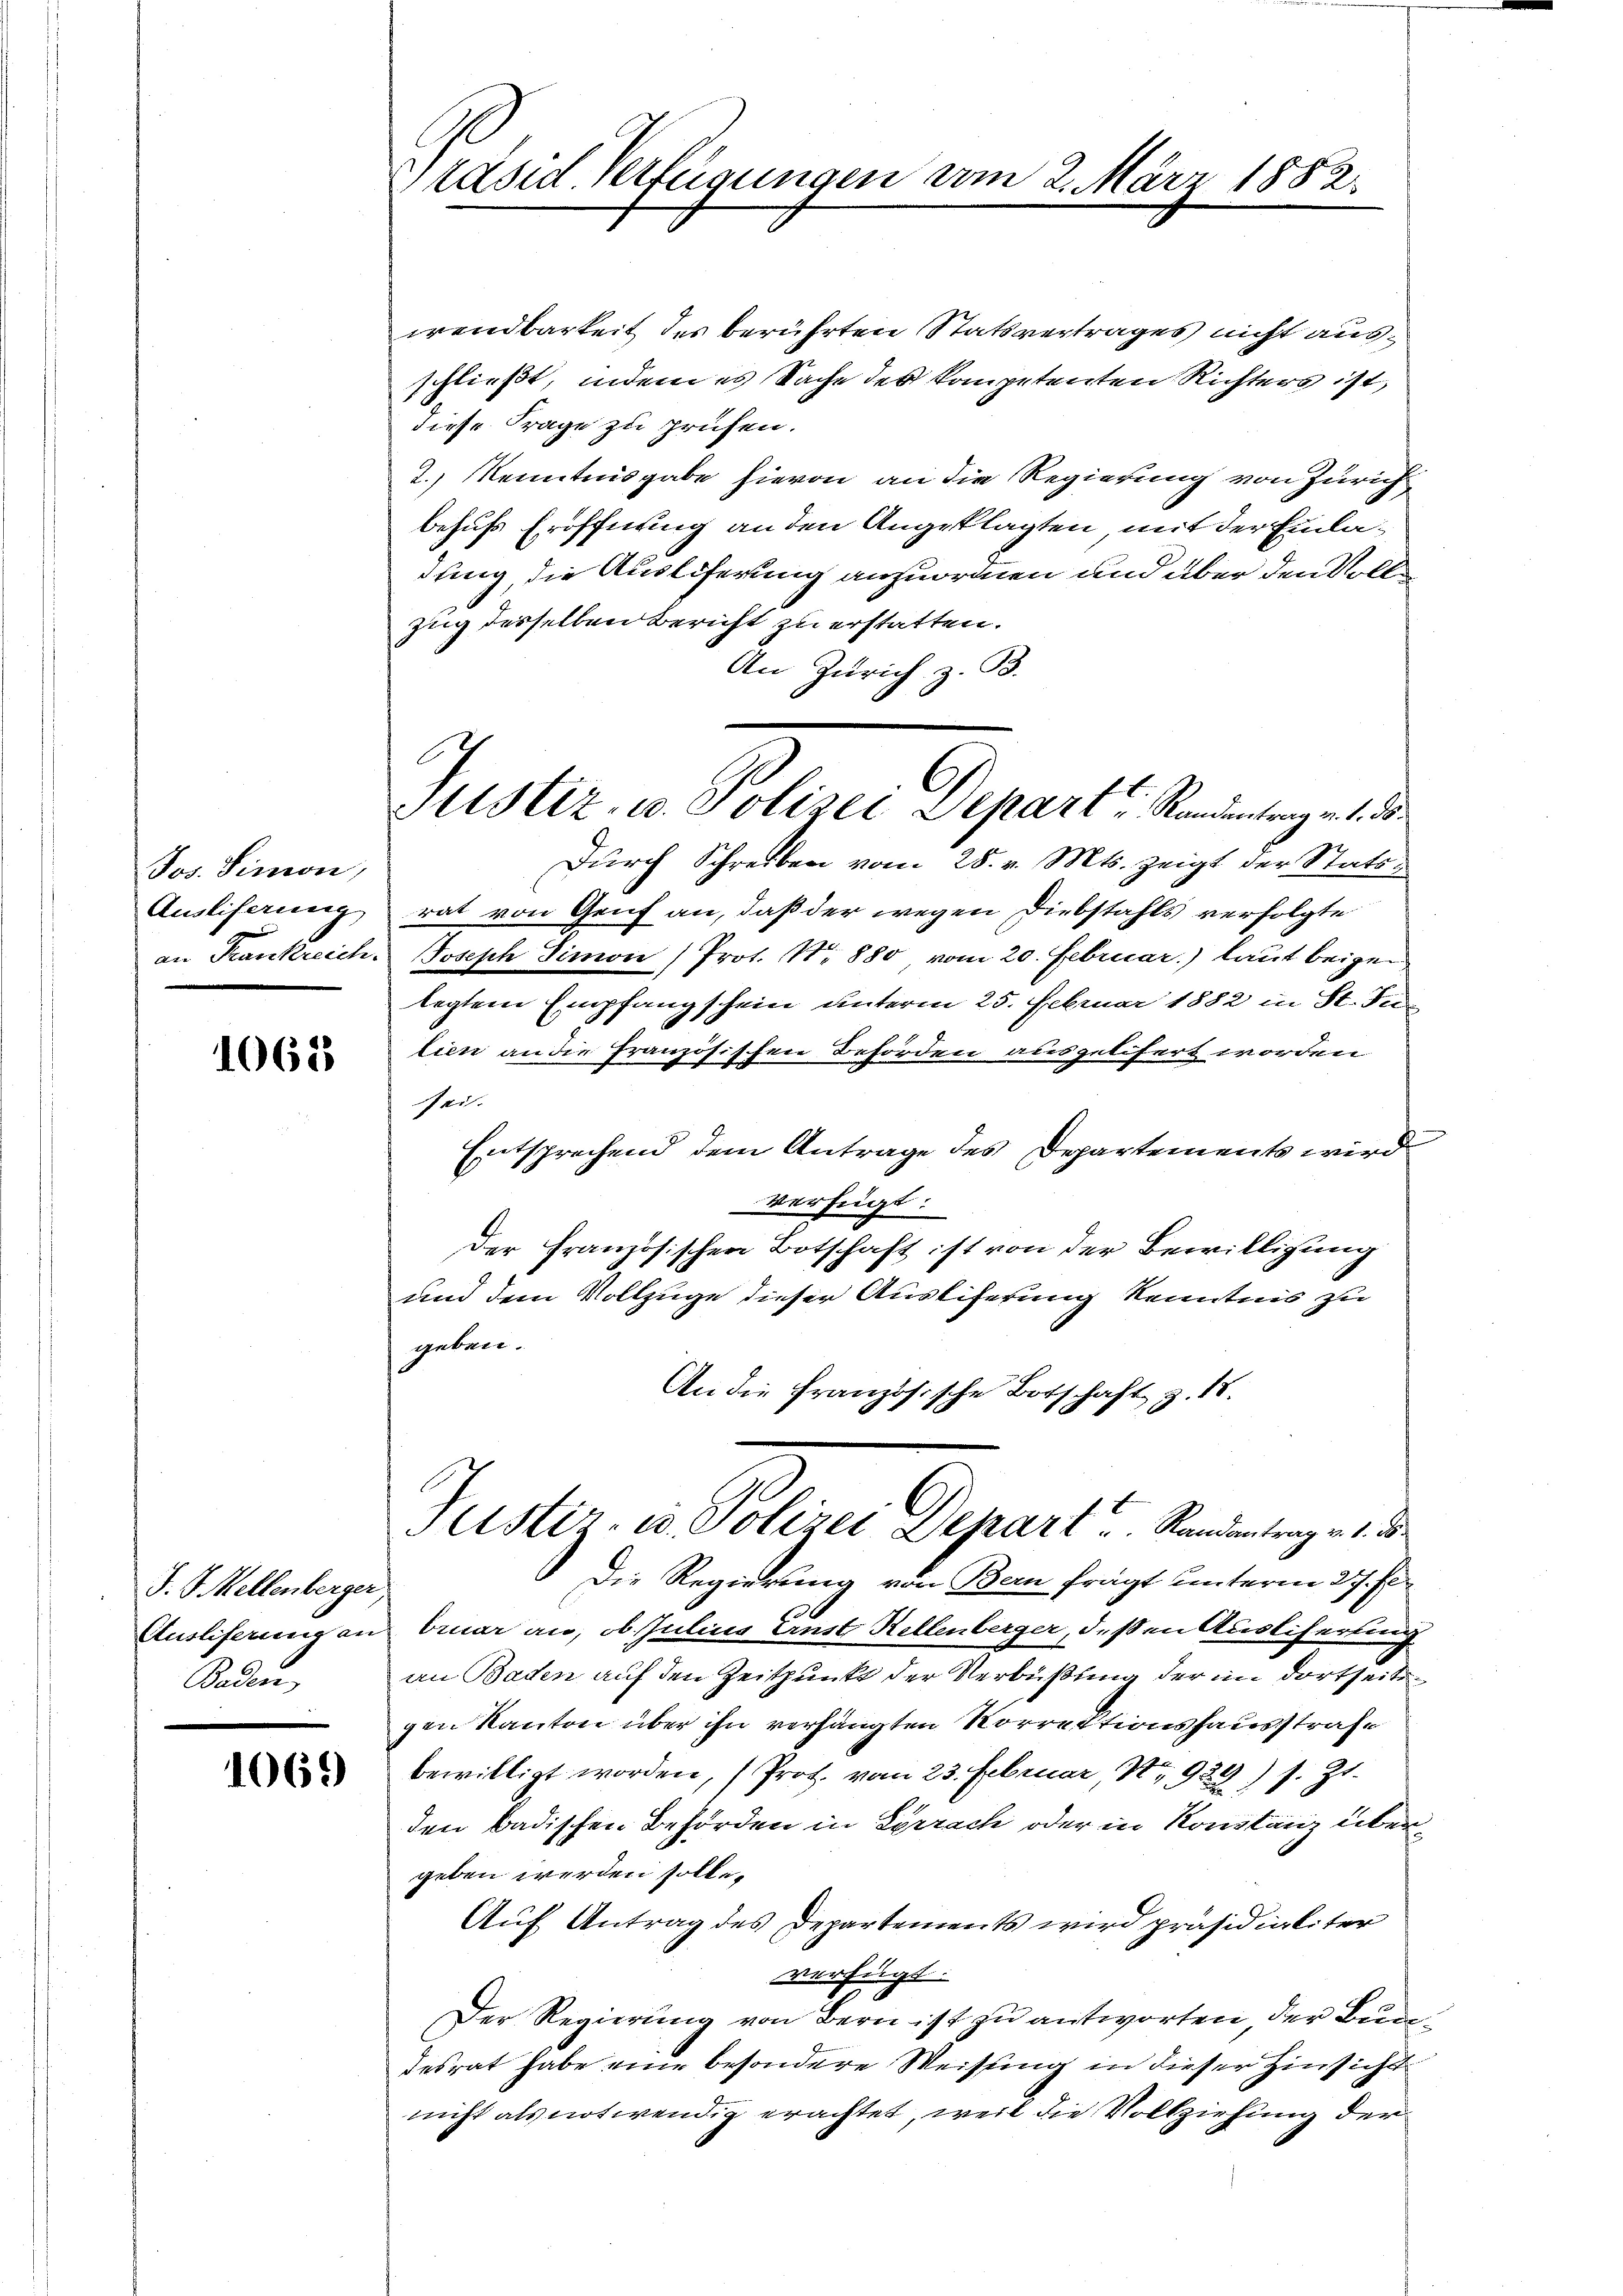
Jos. Simon,
Ausliferung
an Frankreich.

1062

J. J. Mellenberger
Auslieferung an
Baden

1069)

räsid Verfügungen vom 2. März 1882.

wendbarkeit des berührten Statsvertrages nicht ausschließt, indem es Sache des kompetenten Richters ist,
diese Frage zu prüfen.
2.) Kenntnisgabe hievon an die Regierung von Zürich
behufs Eröffnung an den Angeklagten mit der Einladung die Ausliferung anzuordnen und über den Vollzug desselben Bericht zu erstatten.
An Zürich z. B.
Durch Schreiben vom 28. v. Mts. zeigt der Statsrat von Genf an, daß der wegen Diebstahls verfolgte
Joseph Simon (Prot. N. 880 vom 20. Februar.) laut beigen
legtem Empfangschein unterm 25. Februar 1882 in St. Julien an die französischen Behörden ausgelifert worden.
ser.
Entsprechend dem Antrage des Departements wird
verfügt:
Der Französischen Botschaft ist von der Bewilligung
und dem Vollzuge dieser Ausliferung Kenntnis zu
geben.
An die Französische Botschaft z. 18.
Justiz- u. Polizei Depart u. Randantrag v. 1. ds.
Die Regierung von Bern frägt unterm 27. Fe
bruar an, ob Julius Ernst Kellenberger, deßen Ausliferung
an Baden auf den Zeitpunkt der Verbüßung der im dortseitsgen Kanton über ihn verhängten Korrektionshausstrafe
bewilligt worden, (Prot. vom 23. Februar 1929
s. Zt.
den badischen Behörden in Sprach oder in Konstanz übergeben werden solle.
Auf Antrag des Departements wird präsidialiter
verfügt:
Der Regierung von Bern ist zu antworten der Bundesrat habe eine besondere Weisung in dieser Hinsicht
nicht als notwendig erachtet, weil die Vollziehung der

Mtstiz- u. Polizei Depart u. Randantrag v. 1. ds.